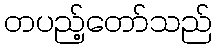
တပည့်တော်သည်